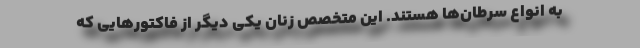
به انواع سرطان‌ها هستند. این متخصص زنان یکی دیگر از فاکتورهایی که